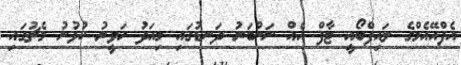
އެފްއޭއެމްގެ ލައިފްބޯއީ ޓާފް އެއް ނަންބަރު ދަނޑުގައި މިއަދު ހަވީރު ކުޅުނު މެޗުގައި